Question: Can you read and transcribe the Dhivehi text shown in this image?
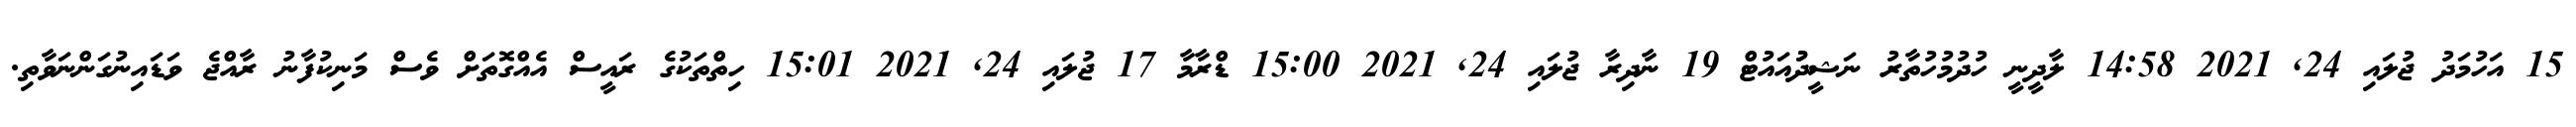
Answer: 15 އަހުމަދު ޖުލައި 24, 2021 14:58 ލާދީނީ ހުދުމުހުތާރު ނަޝީދުުއައުޓް 19 ނާދިރާ ޖުލައި 24, 2021 15:00 ޑްރާމާ 17 ޖުލައި 24, 2021 15:01 ހިތްތަކުގެ ރައީސް އެއްގޮތަށް ވެސް މަނިކުފާނު ރާއްޖެ ވަޑައިނުގަންނަވާތި.